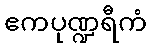
ဧကပုဏ္ဍရီကံ